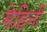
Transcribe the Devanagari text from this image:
मेहिनी